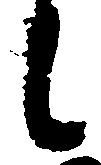
候